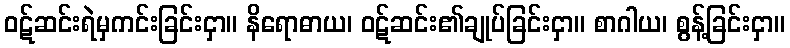
ဝဋ်ဆင်းရဲမှကင်းခြင်းငှာ။ နိရောဓာယ၊ ဝဋ်ဆင်း၏ချုပ်ခြင်းငှာ။ စာဂါယ၊ စွန့်ခြင်းငှာ။